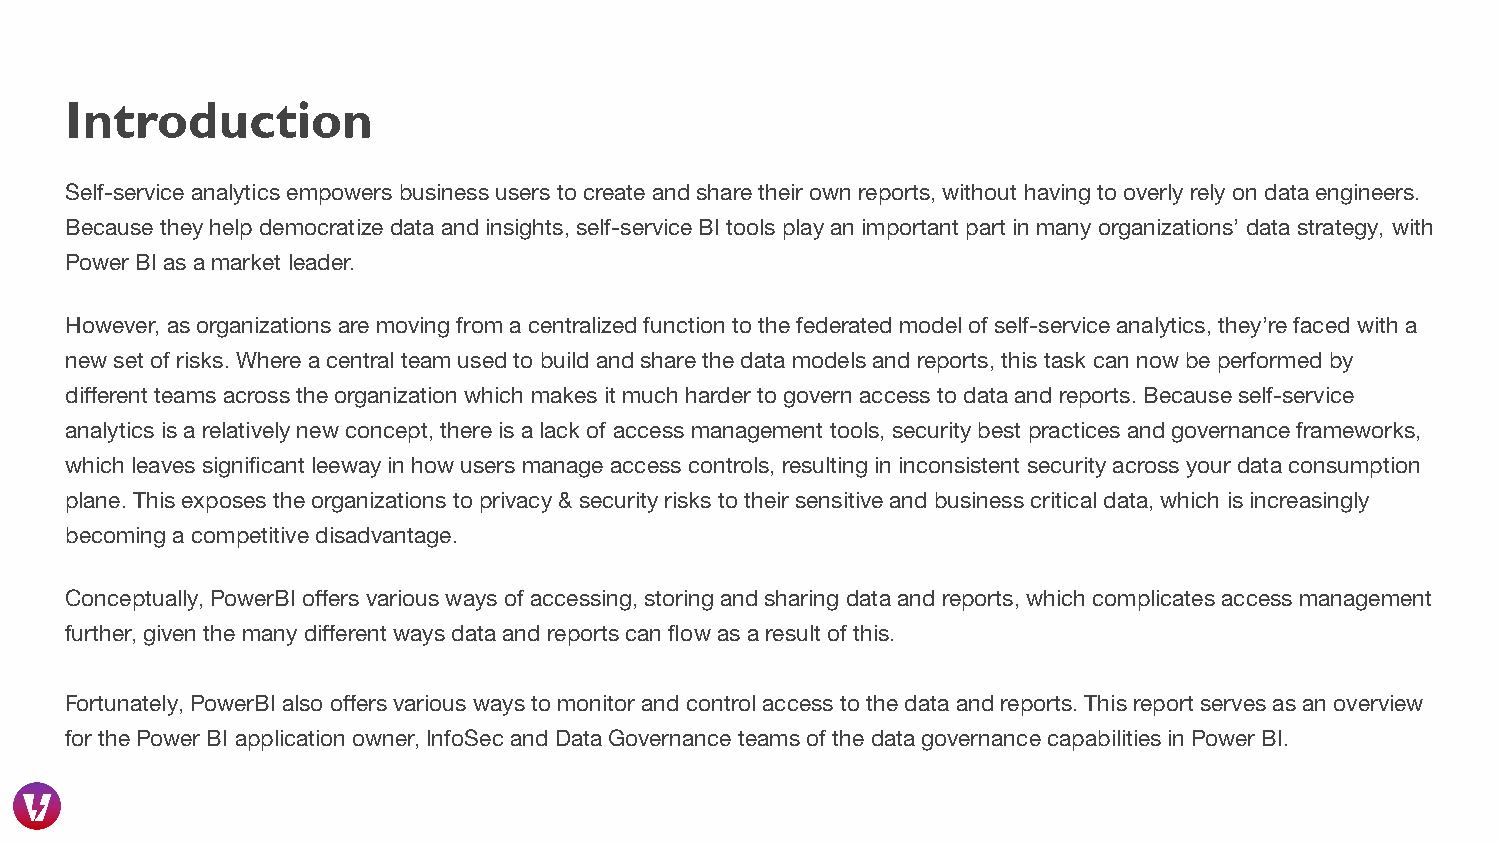
Introduction
 Self-service analytics empowers business users to create and share their own reports, without having to overly rely on data engineers.
 Because they help democratize data and insights, self-service BI tools play an important part in many organizations’ data strategy, with
 Power BI as a market leader.
 However, as organizations are moving from a centralized function to the federated model of self-service analytics, they’re faced with a
 new set of risks. Where a central team used to build and share the data models and reports, this task can now be performed by
 different teams across the organization which makes it much harder to govern access to data and reports. Because self-service
 analytics is a relatively new concept, there is a lack of access management tools, security best practices and governance frameworks,
 which leaves significant leeway in how users manage access controls, resulting in inconsistent security across your data consumption
 plane. This exposes the organizations to privacy & security risks to their sensitive and business critical data, which is increasingly
 becoming a competitive disadvantage.
 Conceptually, PowerBI offers various ways of accessing, storing and sharing data and reports, which complicates access management
 further, given the many different ways data and reports can flow as a result of this.
 Fortunately, PowerBI also offers various ways to monitor and control access to the data and reports. This report serves as an overview
 for the Power BI application owner, InfoSec and Data Governance teams of the data governance capabilities in Power BI.